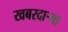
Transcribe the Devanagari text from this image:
खबरदार्‍या